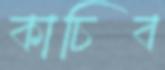
কাচিব